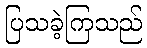
ပြသခဲ့ကြသည်